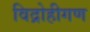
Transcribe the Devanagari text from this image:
विद्रोहीगण